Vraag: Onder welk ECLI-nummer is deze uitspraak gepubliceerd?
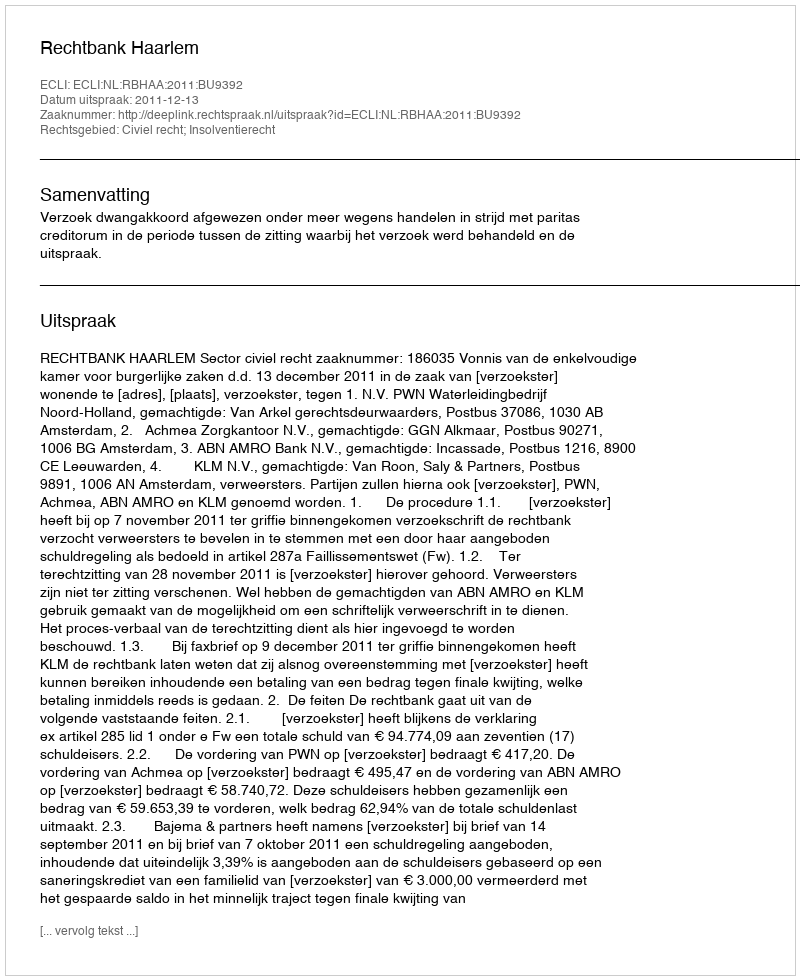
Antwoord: ECLI:NL:RBHAA:2011:BU9392